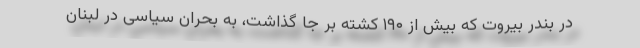
در بندر بیروت که بیش از ۱۹۰ کشته بر جا گذاشت، به بحران سیاسی در لبنان